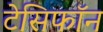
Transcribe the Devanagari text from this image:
टेसिफॉन